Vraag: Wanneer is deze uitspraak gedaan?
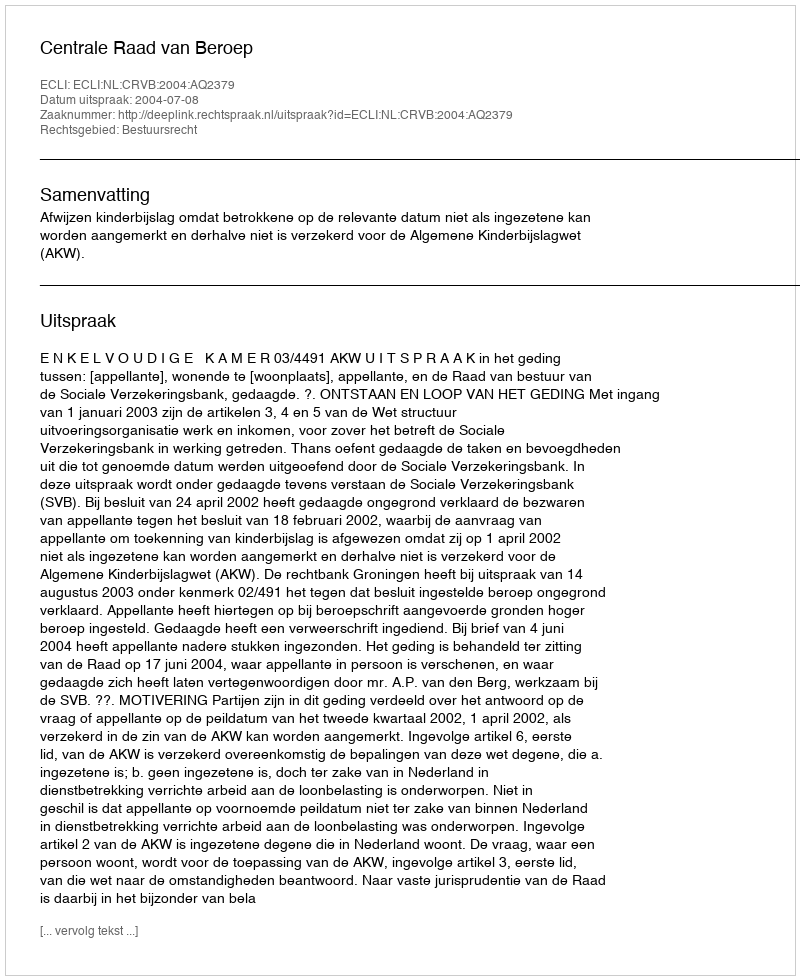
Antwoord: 2004-07-08